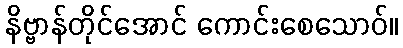
နိဗ္ဗာန်တိုင်အောင် ကောင်းစေသောဝ်။